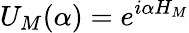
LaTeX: U_{M}(\alpha)=e^{i\alpha H_{M}}